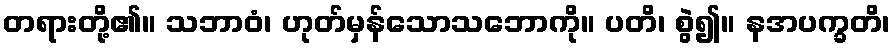
တရားတို့၏။ သဘာဝံ၊ ဟုတ်မှန်သောသဘောကို။ ပတိ၊ စွဲ၍။ နအပက္ခတိ၊